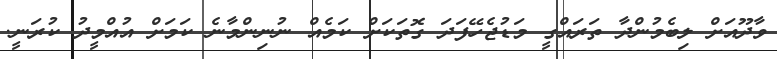
ވާދޫއަށް ލިބެމުންދާ ތަރައްގީ މަޑުޖެހޭފަދަ ގޮތަކަށް ކަމެއް ނުނިންމާނެ ކަމަށް އުއްމީދު ކުރަނީ.